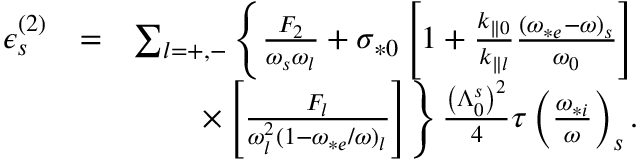
\begin{array} { r l r } { \epsilon _ { s } ^ { ( 2 ) } } & { = } & { \sum _ { l = + , - } \left\{ \frac { F _ { 2 } } { \omega _ { s } \omega _ { l } } + \sigma _ { * 0 } \left[ 1 + \frac { k _ { \parallel 0 } } { k _ { \parallel l } } \frac { ( \omega _ { * e } - \omega ) _ { s } } { \omega _ { 0 } } \right] \right. } \\ & { } & { \left. \times \left[ \frac { F _ { l } } { \omega _ { l } ^ { 2 } ( 1 - \omega _ { * e } / \omega ) _ { l } } \right] \right\} \frac { \left( \Lambda _ { 0 } ^ { s } \right) ^ { 2 } } { 4 } \tau \left( \frac { \omega _ { * i } } { \omega } \right) _ { s } . } \end{array}